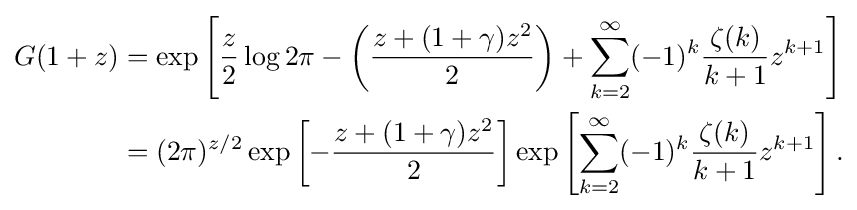
{\begin{aligned}G(1+z)&=\exp \left[{\frac {z}{2}}\log 2\pi -\left({\frac {z+(1+\gamma )z^{2}}{2}}\right)+\sum _{k=2}^{\infty }(-1)^{k}{\frac {\zeta (k)}{k+1}}z^{k+1}\right]\\&=(2\pi )^{z/2}\exp \left[-{\frac {z+(1+\gamma )z^{2}}{2}}\right]\exp \left[\sum _{k=2}^{\infty }(-1)^{k}{\frac {\zeta (k)}{k+1}}z^{k+1}\right].\end{aligned}}